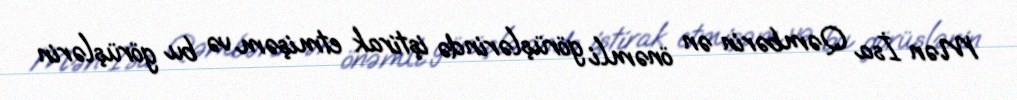
Mən İsa Qəmbərin ən önəmli görüşlərində iştirak etmişəm və bu görüşlərin